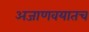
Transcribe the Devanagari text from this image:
अजाणवयातच